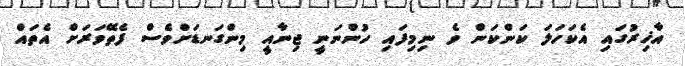
އާޚިރުގައި އެކަހަލަ ކަންކަން ވެ ނިމިފައި ހުންނަނީ ޖިނާއީ މިންގަނޑަށްވެސް ފެތޭވަރަށް އެތައް